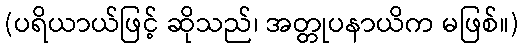
(ပရိယာယ်ဖြင့် ဆိုသည်၊ အတ္တုပနာယိက မဖြစ်။)